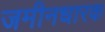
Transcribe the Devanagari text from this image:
जमीनधारक